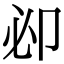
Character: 𠨘